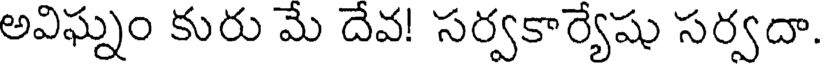
అవిఘ్నం కురు మే దేవ! సర్వకార్యేషు సర్వదా.